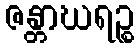
ဇန္တာဃရဉ္စ